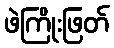
ဖဲကြိုးဖြတ်